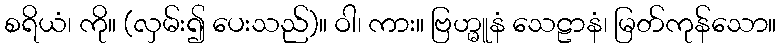
စရိယံ၊ ကို။ (လှမ်း၍ ပေးသည်)။ ဝါ၊ ကား။ ဗြဟ္မူနံ သေဠာနံ၊ မြတ်ကုန်သော။